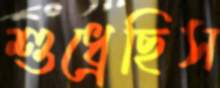
শুধ্‌রেছিস